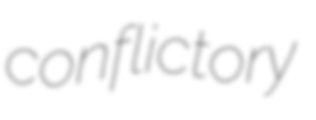
conflictory